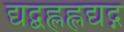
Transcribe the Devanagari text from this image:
द्यद्बह्लह्लद्यद्ग